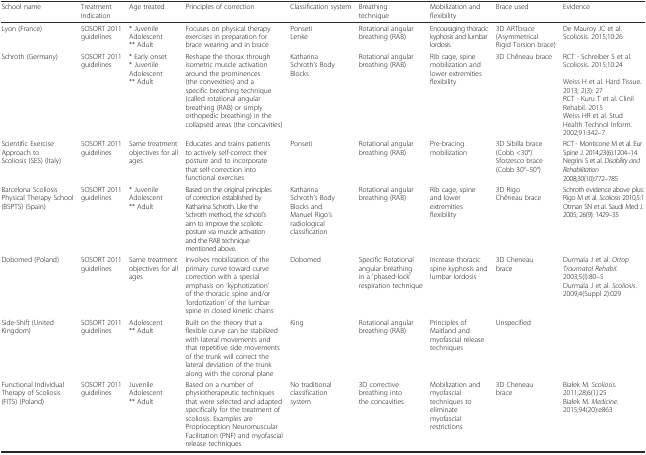
<table><thead><tr><td><b>School name</b></td><td><b>Treatment indication</b></td><td><b>Age treated</b></td><td><b>Principles of correction</b></td><td><b>Classification system</b></td><td><b>Breathing technique</b></td><td><b>Mobilization and flexibility</b></td><td><b>Brace used</b></td><td><b>Evidence</b></td></tr></thead><tbody><tr><td>Lyon (France)</td><td>SOSORT 2011 guidelines</td><td>* JuvenileAdolescent** Adult</td><td>Focuses on physical therapy exercises in preparation for brace wearing and in brace</td><td>PonsetiLenke</td><td>Rotational angular breathing (RAB)</td><td>Encouraging thoracic kyphosis and lumbar lordosis</td><td>3D ARTbrace (Asymmetrical Rigid Torsion brace)</td><td>De Mauroy JC et al. Scoliosis. 2015;10:26</td></tr><tr><td>Schroth (Germany)</td><td>SOSORT 2011 guidelines</td><td>* Early onset* JuvenileAdolescent** Adult</td><td>Reshape the thorax through isometric muscle activation around the prominences (the convexities) and a specific breathing technique (called rotational angular breathing (RAB) or simply orthopedic breathing) in the collapsed areas (the concavities)</td><td>Katharina Schroth’s Body Blocks</td><td>Rotational angular breathing (RAB)</td><td>Rib cage, spine mobilization and lower extremities flexibility</td><td>3D Chêneau brace</td><td>RCT - Schreiber S et al. Scoliosis. 2015;10:24Weiss H et al. Hard Tissue. 2013; 2(3): 27RCT - Kuru T et al. Clinil Rehabil. 2015Weiss HR et al. Stud Health Technol Inform. 2002;91:342–7</td></tr><tr><td>Scientific Exercise Approach to Scoliosis (SES) (Italy)</td><td>SOSORT 2011 guidelines</td><td>Same treatment objectives for all ages</td><td>Educates and trains patients to actively self-correct their posture and to incorporate that self-correction into functional exercises</td><td>Ponseti</td><td>Rotational angular breathing (RAB)</td><td>Pre-bracing mobilization</td><td>3D Sibilla brace (Cobb &lt;30°) Sforzesco brace (Cobb 30°–50°)</td><td>RCT - Monticone M et al. Eur Spine J. 2014;23(6):1204–14Negrini S et al. <i>Disability and Rehabilitation</i> 2008;30(10):772–785</td></tr><tr><td>Barcelona Scoliosis Physical Therapy School (BSPTS) (Spain)</td><td>SOSORT 2011 guidelines</td><td>* JuvenileAdolescent** Adult</td><td>Based on the original principles of correction established by Katharina Schroth. Like the Schroth method, the school’s aim to improve the scoliotic posture via muscle activation and the RAB technique mentioned above.</td><td>Katharina Schroth’s Body Blocks and Manuel Rigo’s radiological classification</td><td>Rotational angular breathing (RAB)</td><td>Rib cage, spine and lower extremities flexibility</td><td>3D Rigo Chêneau brace</td><td>Schroth evidence above plus:Rigo M et al. <i>Scoliosis</i> 2010,5:1Otman SN et al. Saudi Med J. 2005; 26(9): 1429–35</td></tr><tr><td>Dobomed (Poland)</td><td>SOSORT 2011 guidelines</td><td>Same treatment objectives for all ages</td><td>Involves mobilization of the primary curve toward curve correction with a special emphasis on ‘kyphotization’ of the thoracic spine and/or ‘lordotization’ of the lumbar spine in closed kinetic chains</td><td>Dobomed</td><td>Specific Rotational angular breathing in a ‘phased-lock’ respiration technique</td><td>Increase thoracic spine kyphosis and lumbar lordosis</td><td>3D Cheneau brace</td><td>Durmala J et al. <i>Ortop Traumatol Rehabil</i>. 2003;5(l):80–5Durmala J et al. <i>Scoliosis</i>. 2009;4(Suppl 2):029</td></tr><tr><td>Side-Shift (United Kingdom)</td><td>SOSORT 2011 guidelines</td><td>Adolescent** Adult</td><td>Built on the theory that a flexible curve can be stabilized with lateral movements and that repetitive side movements of the trunk will correct the lateral deviation of the trunk along with the coronal plane</td><td>King</td><td>Rotational angular breathing (RAB)</td><td>Principles of Maitland and myofascial release techniques</td><td>Unspecified</td><td>[EMPTY_CELL]</td></tr><tr><td>Functional Individual Therapy of Scoliosis (FITS) (Poland)</td><td>SOSORT 2011 guidelines</td><td>JuvenileAdolescent** Adult</td><td>Based on a number of physiotherapeutic techniques that were selected and adapted specifically for the treatment of scoliosis. Examples are Proprioception Neuromuscular Facilitation (PNF) and myofascial release techniques</td><td>No traditional classification system</td><td>3D corrective breathing into the concavities</td><td>Mobilization and myofascial techniques to eliminate myofascial restrictions</td><td>3D Cheneau brace</td><td>Białek M. <i>Scoliosis</i>. 2011;28;6(1):25Białek M. <i>Medicine</i>. 2015;94(20):e863</td></tr></tbody></table>